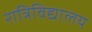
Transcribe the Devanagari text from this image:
रात्रिविद्यालय